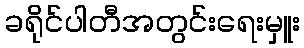
ခရိုင်ပါတီအတွင်းရေးမှူး